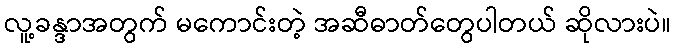
လူ့ခန္ဒာအတွက် မကောင်းတဲ့ အဆီဓာတ်တွေပါတယ် ဆိုလားပဲ။